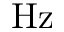
\mathrm { H z }